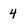
Character: 4